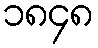
၁၈၄၈